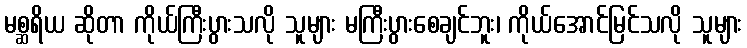
မစ္ဆရိယ ဆိုတာ ကိုယ်ကြီးပွားသလို သူများ မကြီးပွားစေချင်ဘူး၊ ကိုယ်အောင်မြင်သလို သူများ